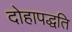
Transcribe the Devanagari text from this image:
दोहापद्धति